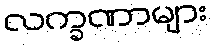
လက္ခဏာများ